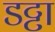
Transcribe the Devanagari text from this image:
डट्टा